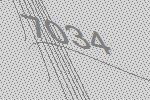
7034